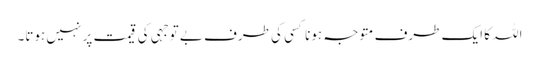
اللہ کا ایک طرف متوجہ ہونا کسی کی طرف بے توجہی کی قیمت پر نہیں ہوتا۔